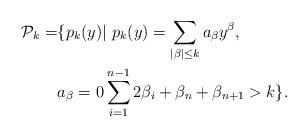
LaTeX: \begin{align*}\mathcal{P}_k=&\{p_k(y)| \ p_k(y)=\sum_{|\beta|\leq k}a_\beta y^{\beta},\\&a_\beta=0 \sum_{i=1}^{n-1}2\beta_i+\beta_n+\beta_{n+1}>k\}.\end{align*}